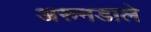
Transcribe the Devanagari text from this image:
अरुनडाले